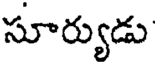
సూర్యుడు